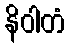
နိဝါတံ